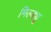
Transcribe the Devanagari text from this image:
मिल्ड्यू